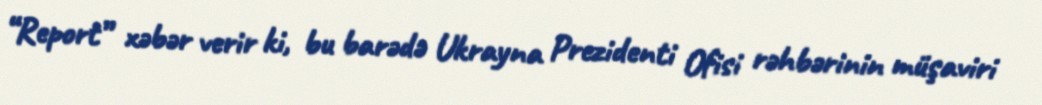
“Report” xəbər verir ki, bu barədə Ukrayna Prezidenti Ofisi rəhbərinin müşaviri